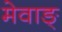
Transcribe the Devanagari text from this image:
मेवाङ्